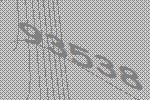
93538